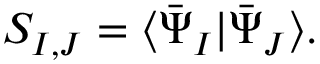
\begin{array} { r } { S _ { I , J } = \ensuremath { \langle \bar { \Psi } _ { I } \vert \bar { \Psi } _ { J } \rangle } . } \end{array}